Civil Veterinary Dept. Assam report 1927-50 - 1927-1950
Year: 1927
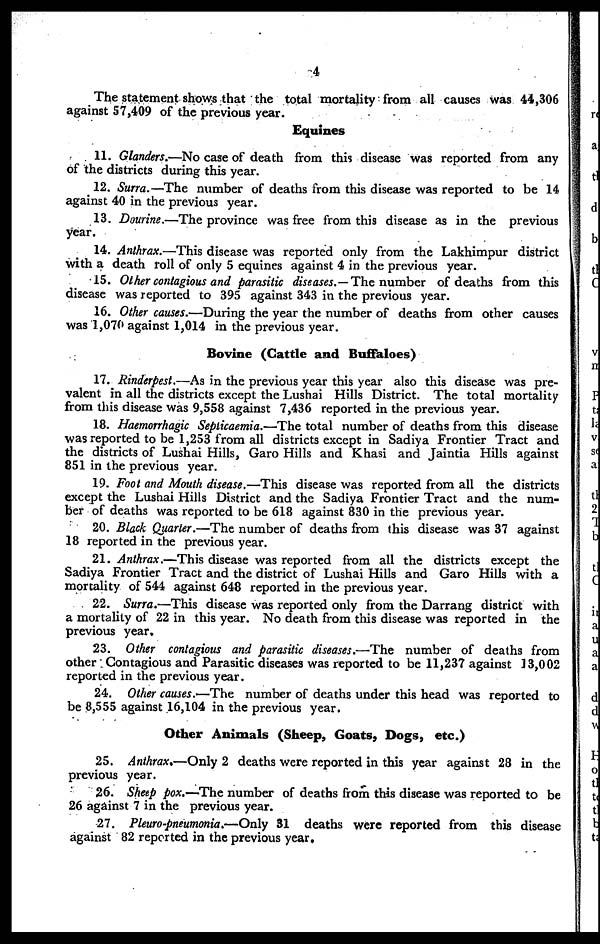
4
The statement shows that the total mortality from all causes was 44,306
against 57,409 of the previous year.
Equines
11. Glanders.—No case of death from this disease was reported from any
of the districts during this year.
12. Surra.—The number of deaths from this disease was reported to be 14
against 40 in the previous year.
13. Dourine.—The province was free from this disease as in the previous
year.
14. Anthrax.—This disease was reported only from the Lakhimpur district
with a death roll of only 5 equines against 4 in the previous year.
15. Other contagious and parasitic diseases.—The number of deaths from this
disease was reported to 395 against 343 in the previous year.
16. Other causes.—During the year the number of deaths from other causes
was 1,070 against 1,014 in the previous year.
Bovine (Cattle and Buffaloes)
17. Rinderpest.—As in the previous year this year also this disease was pre-
valent in all the districts except the Lushai Hills District. The total mortality
from this disease was 9,558 against 7,436 reported in the previous year.
18. Haemorrhagic Septicaemia.—The total number of deaths from this disease
was reported to be 1,253 from all districts except in Sadiya Frontier Tract and
the districts of Lushai Hills, Garo Hills and Khasi and Jaintia Hills against
851 in the previous year.
19. Foot and Mouth disease.—This disease was reported from all the districts
except the Lushai Hills District and the Sadiya Frontier Tract and the num-
ber of deaths was reported to be 618 against 830 in the previous year.
20. Black Quarter.—The number of deaths from this disease was 37 against
18 reported in the previous year.
21. Anthrax.—This disease was reported from all the districts except the
Sadiya Frontier Tract and the district of Lushai Hills and Garo Hills with a
mortality of 544 against 648 reported in the previous year.
22. Surra.—This disease was reported only from the Darrang district with
a mortality of 22 in this year. No death from this disease was reported in the
previous year.
23. Other contagious and parasitic diseases.—-The number of deaths from
other Contagious and Parasitic diseases was reported to be 11,237 against 13,002
reported in the previous year.
24. Other causes.—The number of deaths under this head was reported to
be 8,555 against 16,104 in the previous year.
Other Animals (Sheep, Goats, Dogs, etc.)
25. Anthrax.—Only 2 deaths were reported in this year against 28 in the
previous year.
26. Sheep pox.—The number of deaths from this disease was reported to be
26 against 7 in the previous year.
27. Pleuro-pneumonia.—Only 31 deaths were reported from this disease
against 82 reported in the previous year.